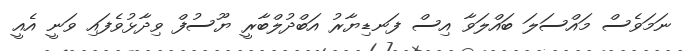
ނަމަވެސް މައްސަލަ ބައްލަވާ އިސް ފަނޑިޔާރު އަބްދުލްބާރީ ޔޫސުފް ވިދާޅުވެފައި ވަނީ އެއީ